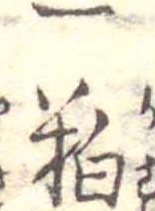
一粕